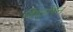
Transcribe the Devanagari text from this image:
विदानिन